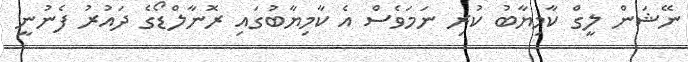
ނޭޝަން ލީގް ކާމިޔާބު ކުރި ނަމަވެސް އެ ކާމިޔާބުގައި ރޮނާލްޑޯގެ ދައުރު ފެނުނީ